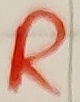
Text: R